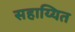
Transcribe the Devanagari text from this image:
सहाय्यित